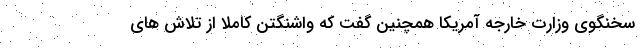
سخنگوی وزارت خارجه آمریکا همچنین گفت که واشنگتن کاملا از تلاش های